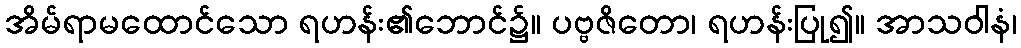
အိမ်ရာမထောင်သော ရဟန်း၏ဘောင်၌။ ပဗ္ဗဇိတော၊ ရဟန်းပြု၍။ အာသဝါနံ၊